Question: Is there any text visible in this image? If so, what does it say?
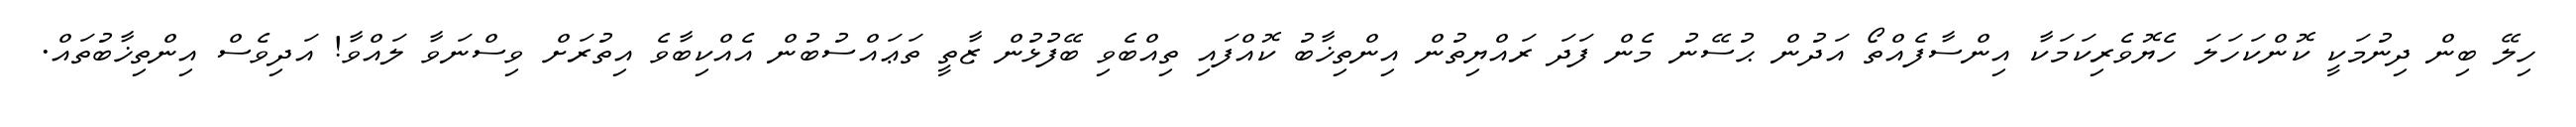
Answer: ހިލޭ ބިން ދިނުމަކީ ކޮންކަހަލަ ހެޔޮވެރިކަމަކާ އިންސާފެއްތޯ އަދުން ޙުސޭނު މެން ފަދަ ރައްޔިތުން އިންތިޚާބު ކޮއްފައި ތިއްބެވި ބޭފުޅުން ޒާތީ ތަޢައްސުބުން އެއްކިބާވެ އިތުރަށް ވިސްނަވާ ލައްވާ! އަދިވެސް އިންތިޚާބުތައް.